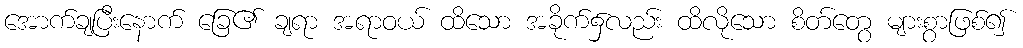
အောက်ချပြီးနောက် ခြေ၏ ချရာ အရာဝယ် ထိသော အခိုက်၌လည်း ထိလိုသော စိတ်တွေ များစွာဖြစ်၍